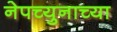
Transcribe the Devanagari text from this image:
नेपच्युनाच्या